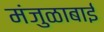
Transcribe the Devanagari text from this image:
मंजुळाबाई